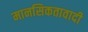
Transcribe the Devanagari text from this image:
मानसिकतावादी